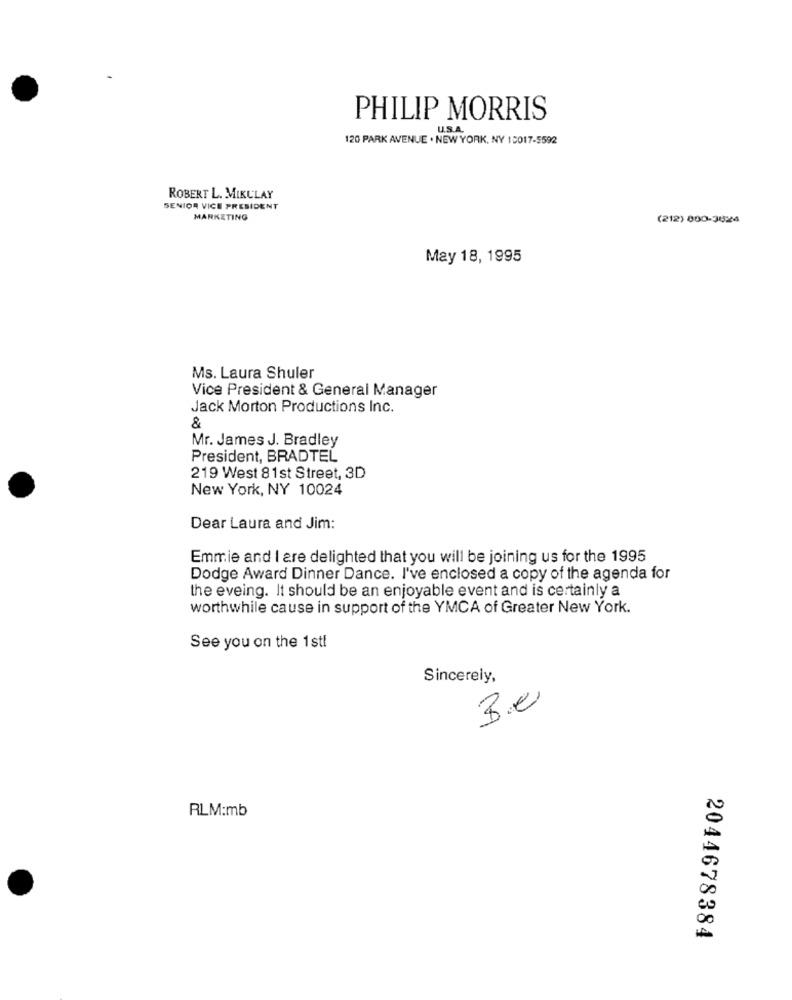
PHILIP MORRIS
U.S.A.
120 PARK AVENUE . NEW YORK, NY 10017-5592
ROBERT L. MIKULAY
SENIOR VICE PRESIDENT
MARKETING
(212) 800-3624
May 18, 1995
Ms. Laura Shuler
Vice President & General Manager
Jack Morton Productions Inc.
&
Mr. James J. Bradley
President, BRADTEL
219 West 81st Street, 3D
New York, NY 10024
Dear Laura and Jim:
Emmie and I are delighted that you will be joining us for the 1995
Dodge Award Dinner Dance. I've enclosed a copy of the agenda for
the eveing. It should be an enjoyable event and is certainly a
worthwhile cause in support of the YMCA of Greater New York.
See you on the 1st!
Sincerely,
3.0
RLM:mb
2044678384